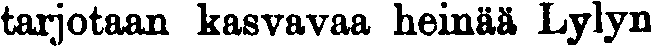
tarjotaan kasvavaa heinää Lylyn